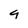
Character: 4